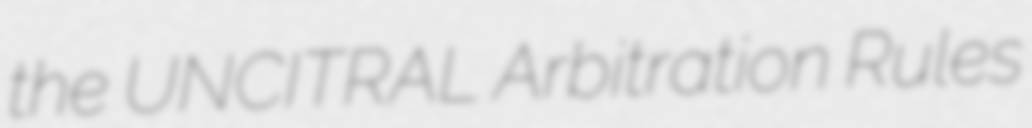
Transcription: the UNCITRAL Arbitration Rules